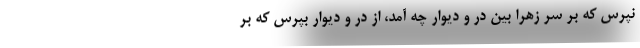
نپرس که بر سر زهرا بین در و دیوار چه آمد، از در و دیوار بپرس که بر